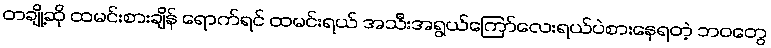
တချို့ဆို ထမင်းစားချိန် ရောက်ရင် ထမင်းရယ် အသီးအရွယ်ကြော်လေးရယ်ပဲစားနေရတဲ့ ဘဝတွေ